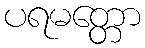
ပရမတ္တော